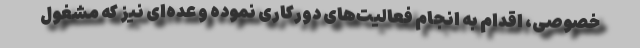
خصوصی، اقدام به انجام فعالیت‌های دورکاری نموده و عده‌ای نیز که مشغول